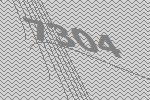
7304